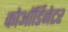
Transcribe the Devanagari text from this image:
कोऑर्डिनेटर